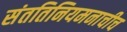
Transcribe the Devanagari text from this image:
संततिनियमनाचीच